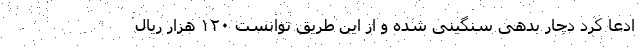
ادعا کرد دچار بدهی سنگینی شده و از این طریق توانست ۱۲۰ هزار ریال